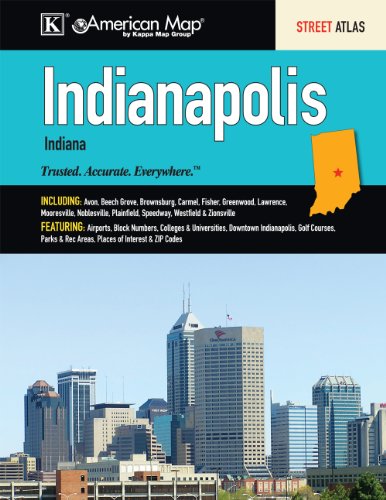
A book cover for Indianapolis IN Atlas; American Map Group; Travel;